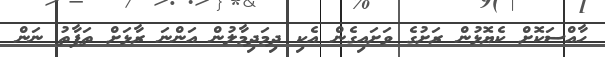
ހާއްސަކޮށް ކެޔޮޅުން ރަށުގެ ވަށައިގެން އެކި ދިމަދިމާލުން އަންނަ ރާޅަށް ތަފާތު ނަން